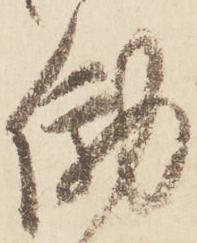
働